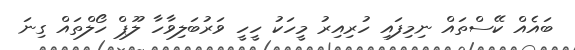
ބައެއް ކޭސްތައް ނިމިފައި ހުރިއިރު މީހަކު ހީހީ ވަރުބަލިވާހާ ލޫޕް ހޯލްތައް ގިނަ